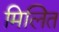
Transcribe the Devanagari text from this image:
मिलित